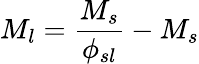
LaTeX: M_{l}={\frac{M_{s}}{\phi_{sl}}}-M_{s}